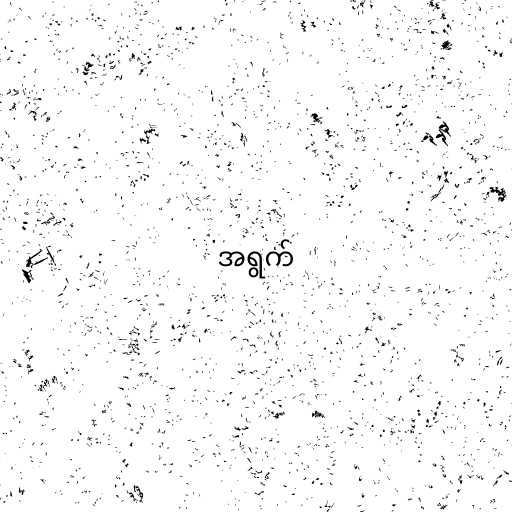
အရွက်